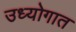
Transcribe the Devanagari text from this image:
उध्योगात